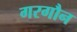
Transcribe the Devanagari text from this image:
गरगौन